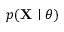
p ( \mathbf { X } \mid \theta )